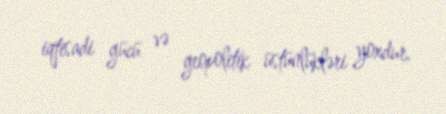
iqtisadi gücü və geopolitik üstünlükləri yoxdur.